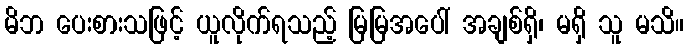
မိဘ ပေးစားသဖြင့် ယူလိုက်ရသည့် မြမြအပေါ် အချစ်ရှိ၊ မရှိ သူ မသိ။